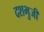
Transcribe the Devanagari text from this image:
दशभुजी